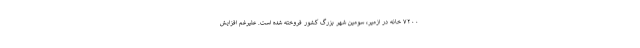
۷۲۰۰ خانه در ازمیر، سومین شهر بزرگ کشور فروخته شده است. علیرغم افزایش